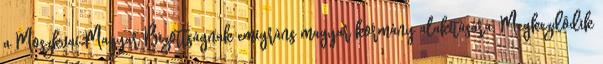
a Moszkvai Magyar Bizottságnak emigráns magyar kormány alakítására. Megkezdõdik